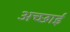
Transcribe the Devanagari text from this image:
अच्‍छाई